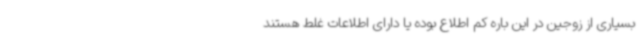
بسیاری از زوجین در این باره کم اطلاع بوده یا دارای اطلاعات غلط هستند